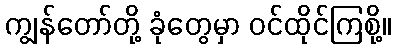
ကျွန်တော်တို့ ခုံတွေမှာ ဝင်ထိုင်ကြစို့။